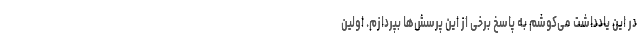
در این یادداشت می‌کوشم به پاسخ برخی از این پرسش‌ها بپردازم. اولین